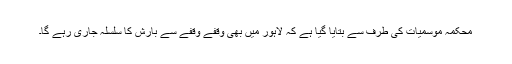
محکمہ موسمیات کی طرف سے بتایا گیا ہے کہ لاہور میں بھی وقفے وقفے سے بارش کا سلسلہ جاری رہے گا۔